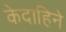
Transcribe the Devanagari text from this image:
केदाहिने